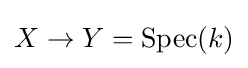
X\to Y=\operatorname {Spec} (k)